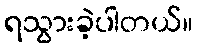
ရသွားခဲ့ပါတယ်။